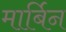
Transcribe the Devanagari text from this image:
मार्बिन